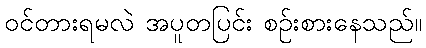
ဝင်တားရမလဲ အပူတပြင်း စဉ်းစားနေသည်။